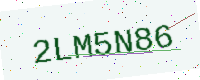
Text: 2LM5N86